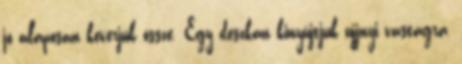
jó alaposan keverjük össze. Egy deszkán kinyújtjuk ujjnyi vastagra,